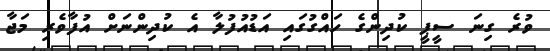
ވުރެ ގިނަ ސީޕީ ކުދިންގެ ހައްގުގައި އަޑުއުފުލާ އެ ކުދިންނަށް އުފާވެރި މަޖާ